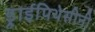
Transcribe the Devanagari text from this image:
ड्राईपिथेसीनी